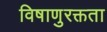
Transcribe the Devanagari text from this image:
विषाणुरक्तता